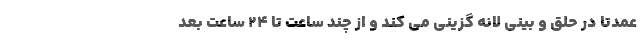
عمدتاً در حلق و بینی لانه گزینی می کند و از چند ساعت تا 24 ساعت بعد